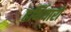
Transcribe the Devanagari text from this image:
हर्थियारों